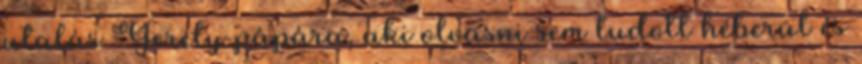
utalás Gerely pápára, aki olvasni sem tudott héberül és